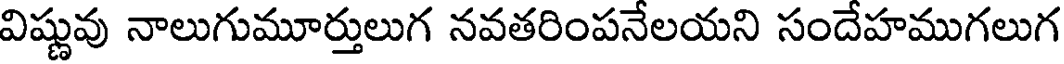
విష్ణువు నాలుగుమూర్తులుగ నవతరింపనేలయని సందేహముగలుగ